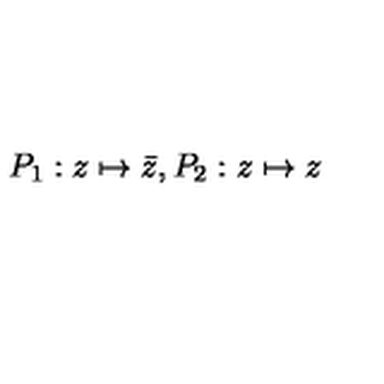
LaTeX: P _ { 1 } : z \mapsto \bar { z } , P _ { 2 } : z \mapsto z